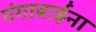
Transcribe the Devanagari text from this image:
गंगाबाईंना